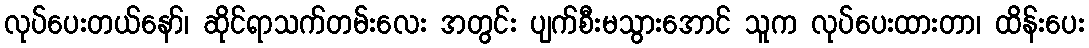
လုပ်ပေးတယ်နော်၊ ဆိုင်ရာသက်တမ်းလေး အတွင်း ပျက်စီးမသွားအောင် သူက လုပ်ပေးထားတာ၊ ထိန်းပေး